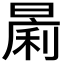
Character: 𱢟